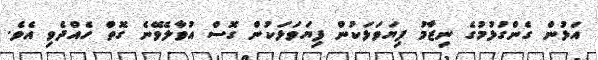
އަޅުން ގެންގުޅުމުގެ ނިޒާމު ފިޔަވަޅަކުން ފިޔަވަޅަކުން ގޮސް އުވާލެވޭނެ ގޮތް ހެއްދެވި އެވެ.